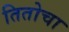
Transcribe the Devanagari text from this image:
तितोचा